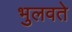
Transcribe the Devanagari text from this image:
भुलवते